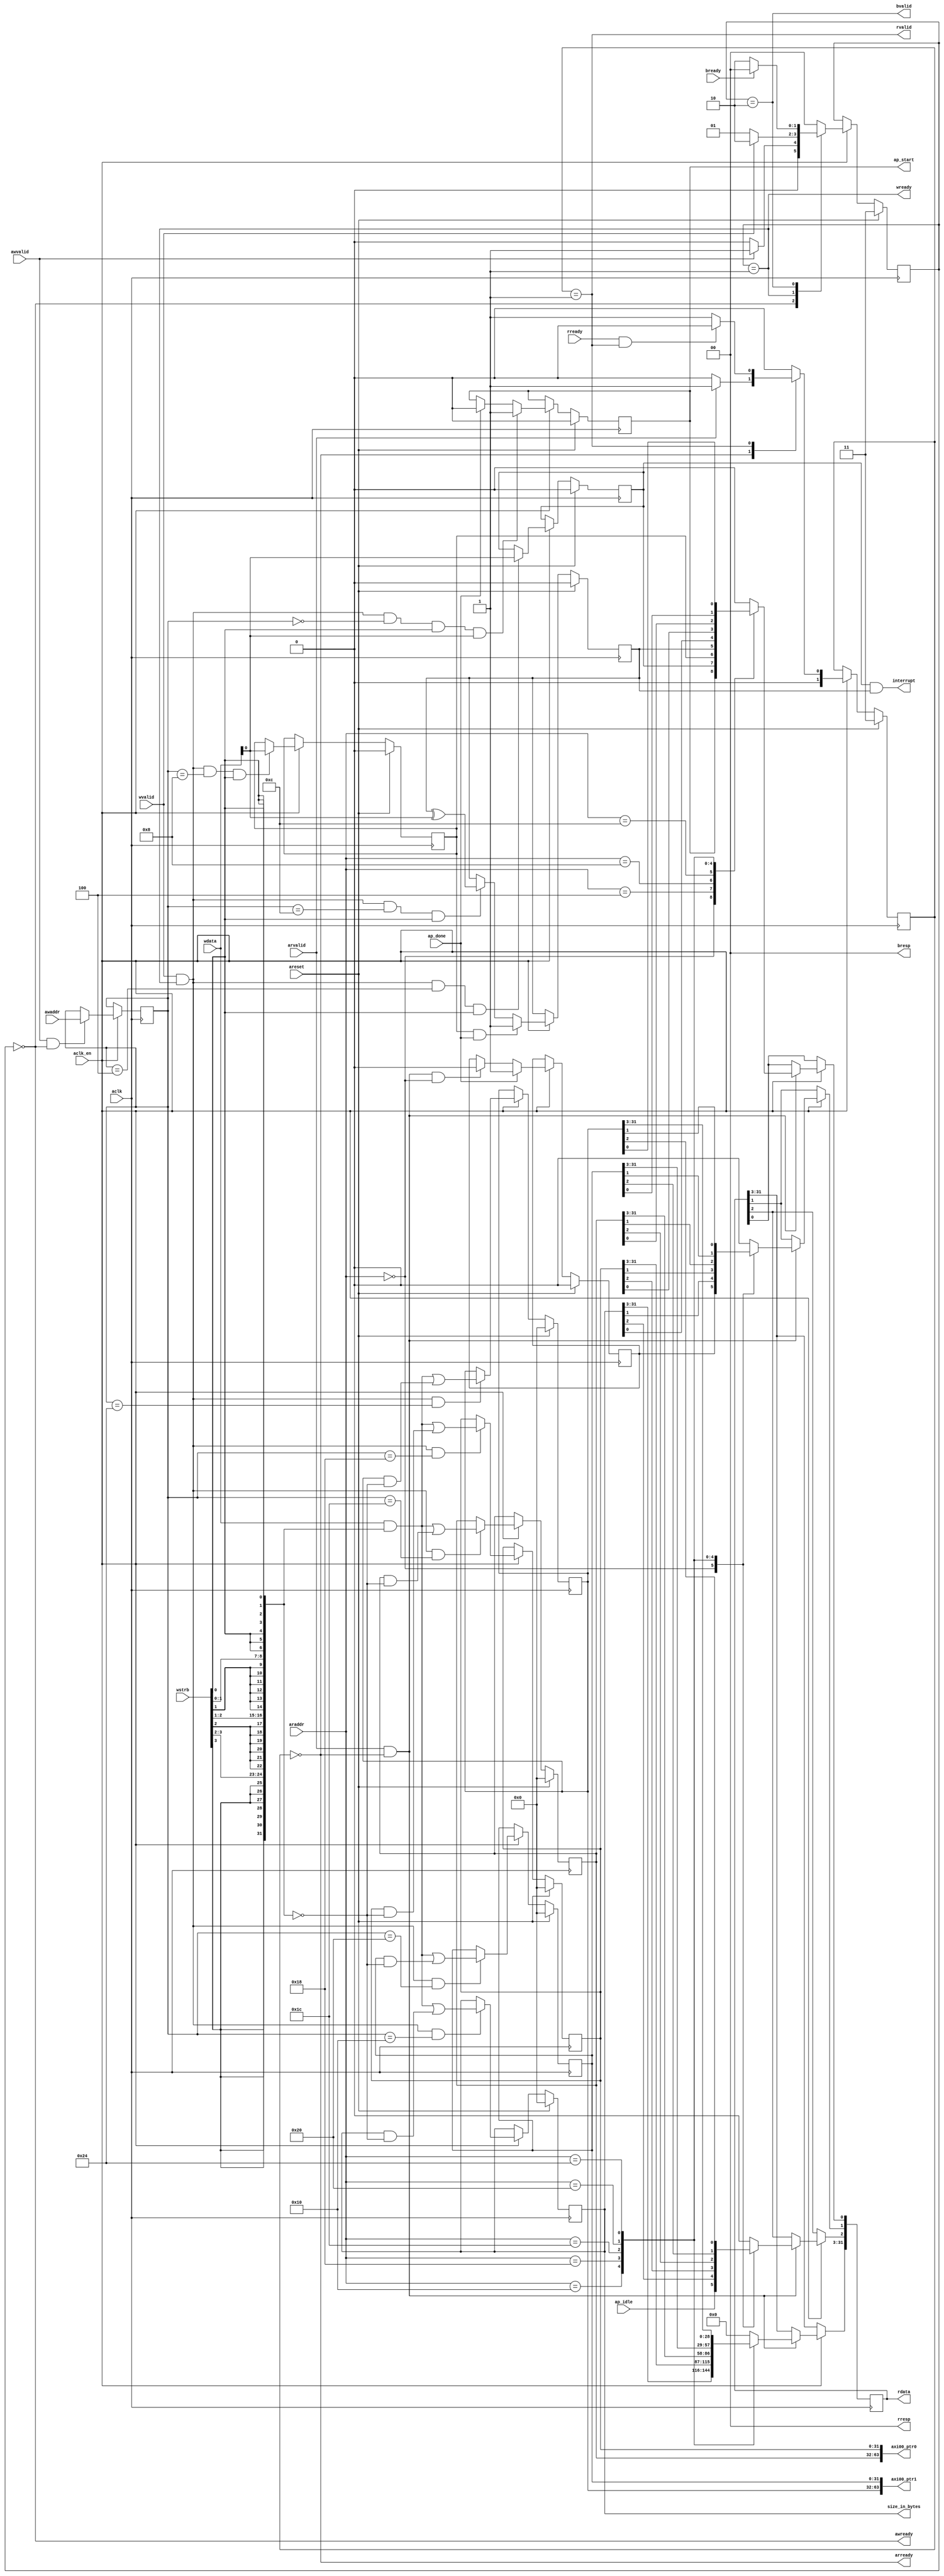
// This is a generated file. Use and modify at your own risk.
////////////////////////////////////////////////////////////////////////////////

// default_nettype of none prevents implicit wire declaration.
`default_nettype none
`timescale 1ns/1ps
module krnl_vadd_rtl_control_s_axi #(
  parameter integer C_ADDR_WIDTH = 12,
  parameter integer C_DATA_WIDTH = 32
)
(
  // AXI4-Lite slave signals
  input  wire                      aclk         ,
  input  wire                      areset       ,
  input  wire                      aclk_en      ,
  input  wire                      awvalid      ,
  output wire                      awready      ,
  input  wire [C_ADDR_WIDTH-1:0]   awaddr       ,
  input  wire                      wvalid       ,
  output wire                      wready       ,
  input  wire [C_DATA_WIDTH-1:0]   wdata        ,
  input  wire [C_DATA_WIDTH/8-1:0] wstrb        ,
  input  wire                      arvalid      ,
  output wire                      arready      ,
  input  wire [C_ADDR_WIDTH-1:0]   araddr       ,
  output wire                      rvalid       ,
  input  wire                      rready       ,
  output wire [C_DATA_WIDTH-1:0]   rdata        ,
  output wire [2-1:0]              rresp        ,
  output wire                      bvalid       ,
  input  wire                      bready       ,
  output wire [2-1:0]              bresp        ,
  output wire                      interrupt    ,
  output wire                      ap_start     ,
  input  wire                      ap_idle      ,
  input  wire                      ap_done      ,
  // User defined arguments
  output wire [32-1:0]             size_in_bytes,
  output wire [64-1:0]             axi00_ptr0   ,
  output wire [64-1:0]             axi00_ptr1   
);

//------------------------Address Info-------------------
// 0x000 : Control signals
//         bit 0  - ap_start (Read/Write/COH)
//         bit 1  - ap_done (Read/COR)
//         bit 2  - ap_idle (Read)
//         others - reserved
// 0x004 : Global Interrupt Enable Register
//         bit 0  - Global Interrupt Enable (Read/Write)
//         others - reserved
// 0x008 : IP Interrupt Enable Register (Read/Write)
//         bit 0  - Channel 0 (ap_done)
//         others - reserved
// 0x00c : IP Interrupt Status Register (Read/TOW)
//         bit 0  - Channel 0 (ap_done)
//         others - reserved
// 0x010 : Data signal of size_in_bytes
//         bit 31~0 - size_in_bytes[31:0] (Read/Write)
// 0x014 : reserved
// 0x018 : Data signal of axi00_ptr0
//         bit 31~0 - axi00_ptr0[31:0] (Read/Write)
// 0x01c : Data signal of axi00_ptr0
//         bit 31~0 - axi00_ptr0[63:32] (Read/Write)
// 0x020 : Data signal of axi00_ptr1
//         bit 31~0 - axi00_ptr1[31:0] (Read/Write)
// 0x024 : Data signal of axi00_ptr1
//         bit 31~0 - axi00_ptr1[63:32] (Read/Write)
// (SC = Self Clear, COR = Clear on Read, TOW = Toggle on Write, COH = Clear on Handshake)

///////////////////////////////////////////////////////////////////////////////
// Local Parameters
///////////////////////////////////////////////////////////////////////////////
localparam [C_ADDR_WIDTH-1:0]       LP_ADDR_AP_CTRL                = 12'h000;
localparam [C_ADDR_WIDTH-1:0]       LP_ADDR_GIE                    = 12'h004;
localparam [C_ADDR_WIDTH-1:0]       LP_ADDR_IER                    = 12'h008;
localparam [C_ADDR_WIDTH-1:0]       LP_ADDR_ISR                    = 12'h00c;
localparam [C_ADDR_WIDTH-1:0]       LP_ADDR_SIZE_IN_BYTES_0        = 12'h010;
localparam [C_ADDR_WIDTH-1:0]       LP_ADDR_axi00_ptr0_0           = 12'h018;
localparam [C_ADDR_WIDTH-1:0]       LP_ADDR_axi00_ptr0_1           = 12'h01c;
localparam [C_ADDR_WIDTH-1:0]       LP_ADDR_axi00_ptr1_0           = 12'h020;
localparam [C_ADDR_WIDTH-1:0]       LP_ADDR_axi00_ptr1_1           = 12'h024;
localparam integer                  LP_SM_WIDTH                    = 2;
localparam [LP_SM_WIDTH-1:0]        SM_WRIDLE                      = 2'd0;
localparam [LP_SM_WIDTH-1:0]        SM_WRDATA                      = 2'd1;
localparam [LP_SM_WIDTH-1:0]        SM_WRRESP                      = 2'd2;
localparam [LP_SM_WIDTH-1:0]        SM_WRRESET                     = 2'd3;
localparam [LP_SM_WIDTH-1:0]        SM_RDIDLE                      = 2'd0;
localparam [LP_SM_WIDTH-1:0]        SM_RDDATA                      = 2'd1;
localparam [LP_SM_WIDTH-1:0]        SM_RDRESET                     = 2'd3;

///////////////////////////////////////////////////////////////////////////////
// Wires and Variables
///////////////////////////////////////////////////////////////////////////////
reg  [LP_SM_WIDTH-1:0]              wstate                         = SM_WRRESET;
reg  [LP_SM_WIDTH-1:0]              wnext                         ;
reg  [C_ADDR_WIDTH-1:0]             waddr                         ;
wire [C_DATA_WIDTH-1:0]             wmask                         ;
wire                                aw_hs                         ;
wire                                w_hs                          ;
reg  [LP_SM_WIDTH-1:0]              rstate                         = SM_RDRESET;
reg  [LP_SM_WIDTH-1:0]              rnext                         ;
reg  [C_DATA_WIDTH-1:0]             rdata_r                       ;
wire                                ar_hs                         ;
wire [C_ADDR_WIDTH-1:0]             raddr                         ;
// internal registers
wire                                int_ap_idle                   ;
reg                                 int_ap_done                    = 1'b0;
reg                                 int_ap_start                   = 1'b0;
reg                                 int_gie                        = 1'b0;
reg                                 int_ier                        = 1'b0;
reg                                 int_isr                        = 1'b0;

reg  [32-1:0]                       int_size_in_bytes              = 32'd0;
reg  [64-1:0]                       int_axi00_ptr0                 = 64'd0;
reg  [64-1:0]                       int_axi00_ptr1                 = 64'd0;

///////////////////////////////////////////////////////////////////////////////
// Begin RTL
///////////////////////////////////////////////////////////////////////////////

//------------------------AXI write fsm------------------
assign awready = (wstate == SM_WRIDLE);
assign wready  = (wstate == SM_WRDATA);
assign bresp   = 2'b00;  // OKAY
assign bvalid  = (wstate == SM_WRRESP);
assign wmask   = { {8{wstrb[3]}}, {8{wstrb[2]}}, {8{wstrb[1]}}, {8{wstrb[0]}} };
assign aw_hs   = awvalid & awready;
assign w_hs    = wvalid & wready;

// wstate
always @(posedge aclk) begin
  if (areset)
    wstate <= SM_WRRESET;
  else if (aclk_en)
    wstate <= wnext;
end

// wnext
always @(*) begin
  case (wstate)
    SM_WRIDLE:
      if (awvalid)
        wnext = SM_WRDATA;
      else
        wnext = SM_WRIDLE;
    SM_WRDATA:
      if (wvalid)
        wnext = SM_WRRESP;
      else
        wnext = SM_WRDATA;
    SM_WRRESP:
      if (bready)
        wnext = SM_WRIDLE;
      else
        wnext = SM_WRRESP;
    // SM_WRRESET
    default:
      wnext = SM_WRIDLE;
  endcase
end

// waddr
always @(posedge aclk) begin
  if (aclk_en) begin
    if (aw_hs)
      waddr <= awaddr;
  end
end

//------------------------AXI read fsm-------------------
assign arready = (rstate == SM_RDIDLE);
assign rdata   = rdata_r;
assign rresp   = 2'b00;  // OKAY
assign rvalid  = (rstate == SM_RDDATA);
assign ar_hs   = arvalid & arready;
assign raddr   = araddr;

// rstate
always @(posedge aclk) begin
  if (areset)
    rstate <= SM_RDRESET;
  else if (aclk_en)
    rstate <= rnext;
end

// rnext
always @(*) begin
  case (rstate)
    SM_RDIDLE:
      if (arvalid)
        rnext = SM_RDDATA;
      else
        rnext = SM_RDIDLE;
    SM_RDDATA:
      if (rready & rvalid)
        rnext = SM_RDIDLE;
      else
        rnext = SM_RDDATA;
    // SM_RDRESET:
    default:
      rnext = SM_RDIDLE;
  endcase
end

// rdata_r
always @(posedge aclk) begin
  if (aclk_en) begin
    if (ar_hs) begin
      rdata_r <= {C_DATA_WIDTH{1'b0}};
      case (raddr)
        LP_ADDR_AP_CTRL: begin
          rdata_r[0] <= int_ap_start;
          rdata_r[1] <= int_ap_done;
          rdata_r[2] <= int_ap_idle;
          rdata_r[3+:C_DATA_WIDTH-3] <= {C_DATA_WIDTH-3{1'b0}};
        end
        LP_ADDR_GIE: begin
          rdata_r[0] <= int_gie;
          rdata_r[1+:C_DATA_WIDTH-1] <=  {C_DATA_WIDTH-1{1'b0}};
        end
        LP_ADDR_IER: begin
          rdata_r[0] <= int_ier;
          rdata_r[1+:C_DATA_WIDTH-1] <=  {C_DATA_WIDTH-1{1'b0}};
        end
        LP_ADDR_ISR: begin
          rdata_r[0] <= int_isr;
          rdata_r[1+:C_DATA_WIDTH-1] <=  {C_DATA_WIDTH-1{1'b0}};
        end
        LP_ADDR_SIZE_IN_BYTES_0: begin
          rdata_r <= int_size_in_bytes[0+:32];
        end
        LP_ADDR_axi00_ptr0_0: begin
          rdata_r <= int_axi00_ptr0[0+:32];
        end
        LP_ADDR_axi00_ptr0_1: begin
          rdata_r <= int_axi00_ptr0[32+:32];
        end
        LP_ADDR_axi00_ptr1_0: begin
          rdata_r <= int_axi00_ptr1[0+:32];
        end
        LP_ADDR_axi00_ptr1_1: begin
          rdata_r <= int_axi00_ptr1[32+:32];
        end

        default: begin
          rdata_r <= {C_DATA_WIDTH{1'b0}};
        end
      endcase
    end
  end
end

//------------------------Register logic-----------------
assign interrupt    = int_gie & (|int_isr);
assign ap_start     = int_ap_start;
assign int_ap_idle  = ap_idle;
assign size_in_bytes = int_size_in_bytes;
assign axi00_ptr0 = int_axi00_ptr0;
assign axi00_ptr1 = int_axi00_ptr1;

// int_ap_start
always @(posedge aclk) begin
  if (areset)
    int_ap_start <= 1'b0;
  else if (aclk_en) begin
    if (w_hs && waddr == LP_ADDR_AP_CTRL && wstrb[0] && wdata[0])
      int_ap_start <= 1'b1;
    else if (ap_done)
      int_ap_start <= 1'b0;
  end
end

// int_ap_done
always @(posedge aclk) begin
  if (areset)
    int_ap_done <= 1'b0;
  else if (aclk_en) begin
    if (ap_done)
      int_ap_done <= 1'b1;
    else if (ar_hs && raddr == LP_ADDR_AP_CTRL)
      int_ap_done <= 1'b0; // clear on read
  end
end

// int_gie
always @(posedge aclk) begin
  if (areset)
    int_gie     <= 1'b0;
  else if (aclk_en) begin
    if (w_hs && waddr == LP_ADDR_GIE && wstrb[0])
      int_gie <= wdata[0];
  end
end

// int_ier
always @(posedge aclk) begin
  if (areset)
    int_ier     <= 1'b0;
  else if (aclk_en) begin
    if (w_hs && waddr == LP_ADDR_IER && wstrb[0])
      int_ier <= wdata[0];
  end
end

// int_isr
always @(posedge aclk) begin
  if (areset)
    int_isr     <= 1'b0;
  else if (aclk_en) begin
    if (int_ier & ap_done)
      int_isr <= 1'b1;
    else if (w_hs && waddr == LP_ADDR_ISR && wstrb[0])
      int_isr <= int_isr ^ wdata[0];
  end
end


// int_size_in_bytes[32-1:0]
always @(posedge aclk) begin
  if (areset)
    int_size_in_bytes[0+:32] <= 32'd0;
  else if (aclk_en) begin
    if (w_hs && waddr == LP_ADDR_SIZE_IN_BYTES_0)
      int_size_in_bytes[0+:32] <= (wdata[0+:32] & wmask[0+:32]) | (int_size_in_bytes[0+:32] & ~wmask[0+:32]);
  end
end

// int_axi00_ptr0[32-1:0]
always @(posedge aclk) begin
  if (areset)
    int_axi00_ptr0[0+:32] <= 32'd0;
  else if (aclk_en) begin
    if (w_hs && waddr == LP_ADDR_axi00_ptr0_0)
      int_axi00_ptr0[0+:32] <= (wdata[0+:32] & wmask[0+:32]) | (int_axi00_ptr0[0+:32] & ~wmask[0+:32]);
  end
end

// int_axi00_ptr0[32-1:0]
always @(posedge aclk) begin
  if (areset)
    int_axi00_ptr0[32+:32] <= 32'd0;
  else if (aclk_en) begin
    if (w_hs && waddr == LP_ADDR_axi00_ptr0_1)
      int_axi00_ptr0[32+:32] <= (wdata[0+:32] & wmask[0+:32]) | (int_axi00_ptr0[32+:32] & ~wmask[0+:32]);
  end
end

// int_axi00_ptr1[32-1:0]
always @(posedge aclk) begin
  if (areset)
    int_axi00_ptr1[0+:32] <= 32'd0;
  else if (aclk_en) begin
    if (w_hs && waddr == LP_ADDR_axi00_ptr1_0)
      int_axi00_ptr1[0+:32] <= (wdata[0+:32] & wmask[0+:32]) | (int_axi00_ptr1[0+:32] & ~wmask[0+:32]);
  end
end

// int_axi00_ptr1[32-1:0]
always @(posedge aclk) begin
  if (areset)
    int_axi00_ptr1[32+:32] <= 32'd0;
  else if (aclk_en) begin
    if (w_hs && waddr == LP_ADDR_axi00_ptr1_1)
      int_axi00_ptr1[32+:32] <= (wdata[0+:32] & wmask[0+:32]) | (int_axi00_ptr1[32+:32] & ~wmask[0+:32]);
  end
end


endmodule

`default_nettype wire